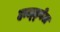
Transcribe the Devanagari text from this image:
हाल्ड्वेल